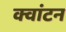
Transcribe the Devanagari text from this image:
क्वांटन